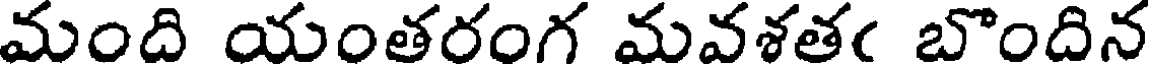
మంది యంతరంగ మవశతఁ బొందిన